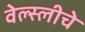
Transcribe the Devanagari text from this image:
वेल्स्लीचे